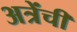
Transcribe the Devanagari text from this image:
अत्रेंची